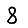
Digit: 8